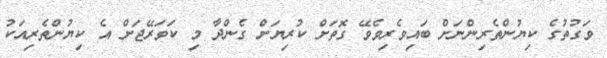
ވަގުތުގެ ކިޔުންތެރިންނަށް ބައިވެރިވެވޭ ގޮތަށް ކުރިޔަށް ގެންދާ މި ކަވަރޭޖަށް އެ ކިޔުންތެރިއަކު